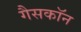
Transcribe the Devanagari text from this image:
गैसकॉन